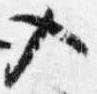
入